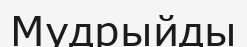
Мудрыйды